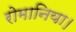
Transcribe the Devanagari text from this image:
रोमानिया।